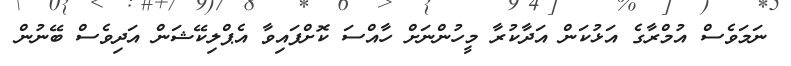
ނަމަވެސް އުމްރާގެ އަޅުކަން އަދާކުރާ މީހުންނަށް ހާއްސަ ކޮށްފައިވާ އެޕްލިކޭޝަން އަދިވެސް ބޭނުން